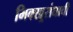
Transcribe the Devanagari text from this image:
भिक्खूसंघाची